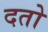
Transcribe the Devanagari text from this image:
दतो